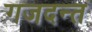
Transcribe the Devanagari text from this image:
गजदन्त